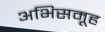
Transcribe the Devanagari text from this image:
अभिसमूह